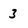
Character: 3